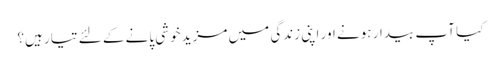
کیا آپ بیدار ہونے اور اپنی زندگی میں مزید خوشی پانے کے لئے تیار ہیں؟